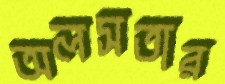
অলসতার